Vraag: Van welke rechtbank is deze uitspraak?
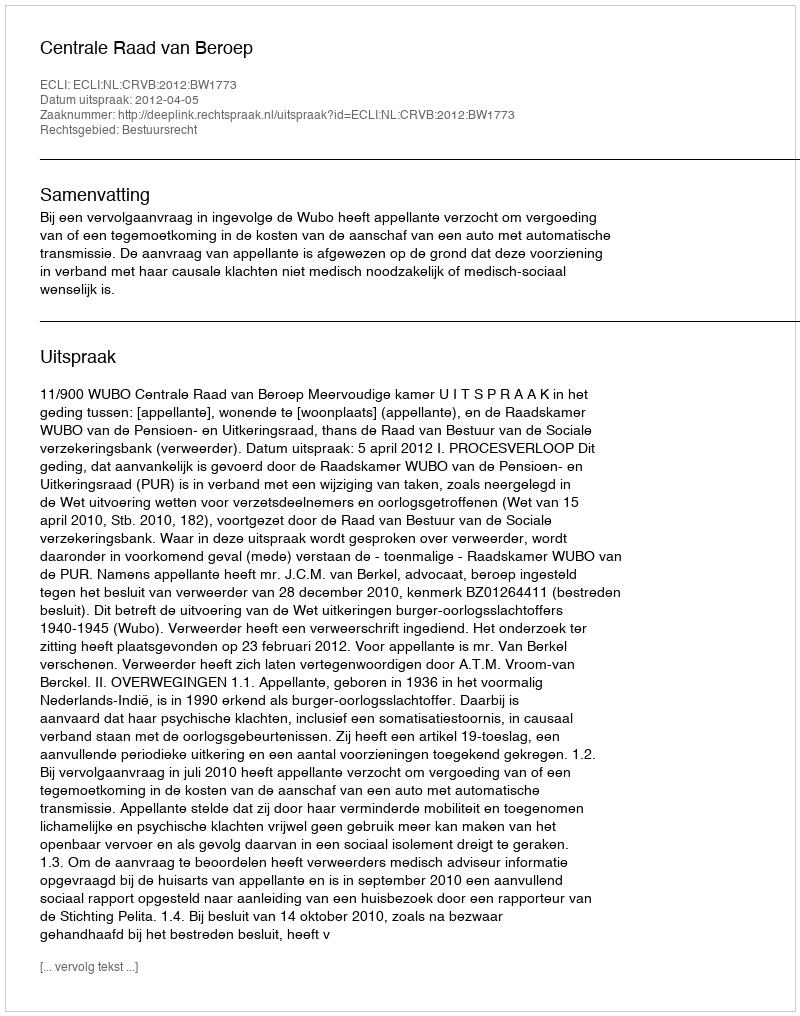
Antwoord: Centrale Raad van Beroep